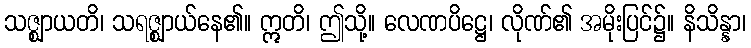
သဇ္ဈာယတိ၊ သရဇ္ဈာယ်နေ၏။ ဣတိ၊ ဤသို့။ လေဏပိဋ္ဌေ၊ လိုဏ်၏ အမိုးပြင်၌။ နိသိန္နာ၊